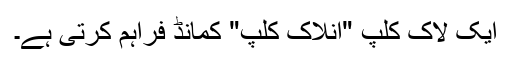
ایک لاک کلپ "انلاک کلپ" کمانڈ فراہم کرتی ہے۔